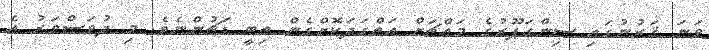
ވަނަ ޤަރުނުގައި ސިންގަޕޫރުގެ މައްޗަށް އަތްގަދަކޮށްގެން ތިބީ ޑަޗުންނެވެ. މި ދުވަސްވަރު އެ